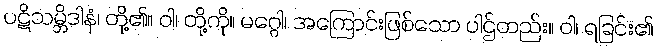
ပဋိသမ္ဘိဒါနံ၊ တို့၏။ ဝါ၊ တို့ကို။ မဂ္ဂေါ၊ အကြောင်းဖြစ်သော ပါဌ်တည်း။ ဝါ၊ ရခြင်း၏